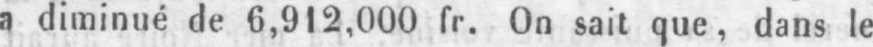
a diminué de 6,912,000 fr. On sait que, dans le